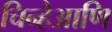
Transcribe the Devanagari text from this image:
चिन्हेआणि